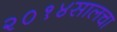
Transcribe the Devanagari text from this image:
२०१४सालचा